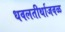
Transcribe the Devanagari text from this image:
धवलतीर्थाजवळ